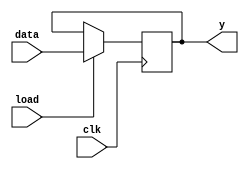
module reg_8_bit
		(input load,clk,
		input [7:0] data,
		output reg [7:0] y);
		
		
	always @ (posedge clk) begin	
	if (load == 1'b1) begin
			y <= data;
			end
	else begin
			y <= y;
			end
	end
		
endmodule

module instruction_reg_8_bit
		(input load,clk,
		input [7:0] data,
		output reg [3:0] instruction,address);
		
		
	always @ (posedge clk) begin	
	if (load == 1'b1) begin
			{instruction,address} <= data;
			end
	else begin
			{instruction,address} <= {instruction,address};
			end
	end
	
	
	
endmodule